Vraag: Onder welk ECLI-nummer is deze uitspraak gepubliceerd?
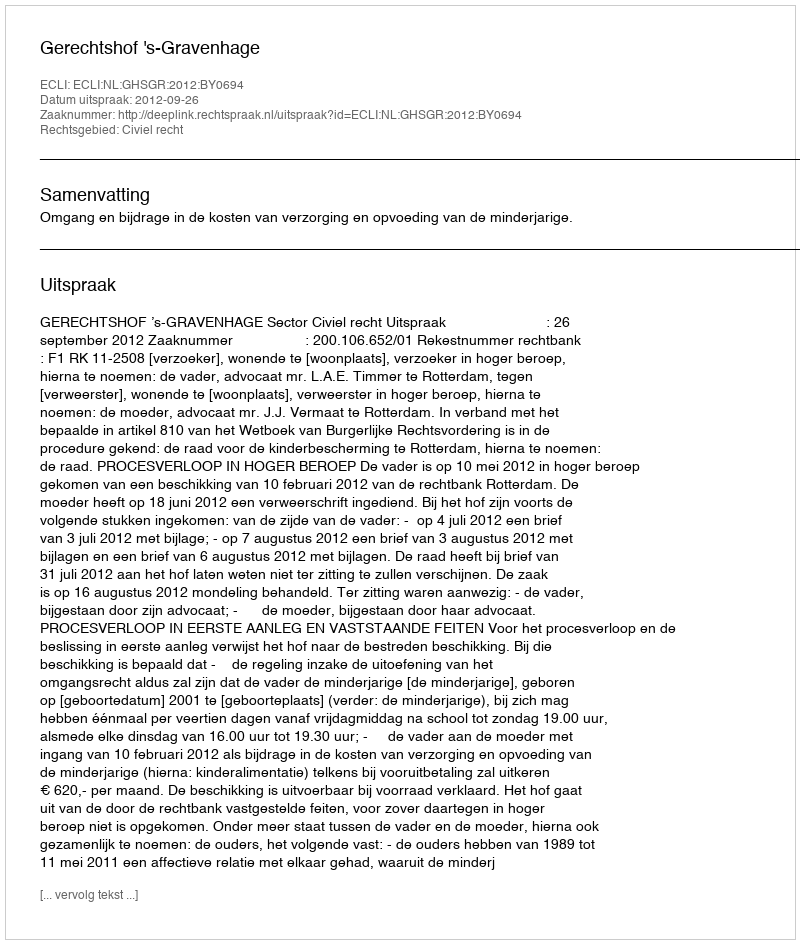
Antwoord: ECLI:NL:GHSGR:2012:BY0694